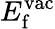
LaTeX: E_{\mathrm{f}}^{\mathrm{vac}}